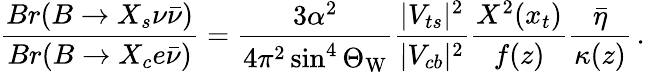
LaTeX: \frac{Br(B\to X_{s}\nu\bar{\nu})}{Br(B\to X_{c}e\bar{\nu})}=\frac{3\alpha^{2}}{4\pi^{2}\sin^{4}\Theta_{\mathrm{W}}}\frac{|V_{ts}|^{2}}{|V_{cb}|^{2}}\frac{X^{2}(x_{t})}{f(z)}\frac{\bar{\eta}}{\kappa(z)}\, .